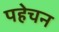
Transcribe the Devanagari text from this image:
पहेचन